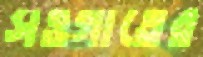
সওগাতের